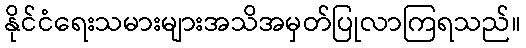
နိုင်ငံရေးသမားများအသိအမှတ်ပြုလာကြရသည်။